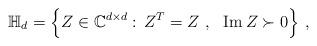
LaTeX: \begin{align*}\mathbb{H}_d=\Big\{Z\in\mathbb{C}^{d\times d}:\, Z^T=Z \ , \ \ {\rm Im}\,Z\succ 0\Big\} \ ,\end{align*}